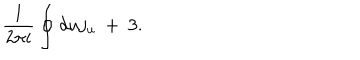
LaTeX: \frac { 1 } { 2 \pi i } \oint d u j _ { u } \ + \ 3 .